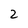
Character: 2